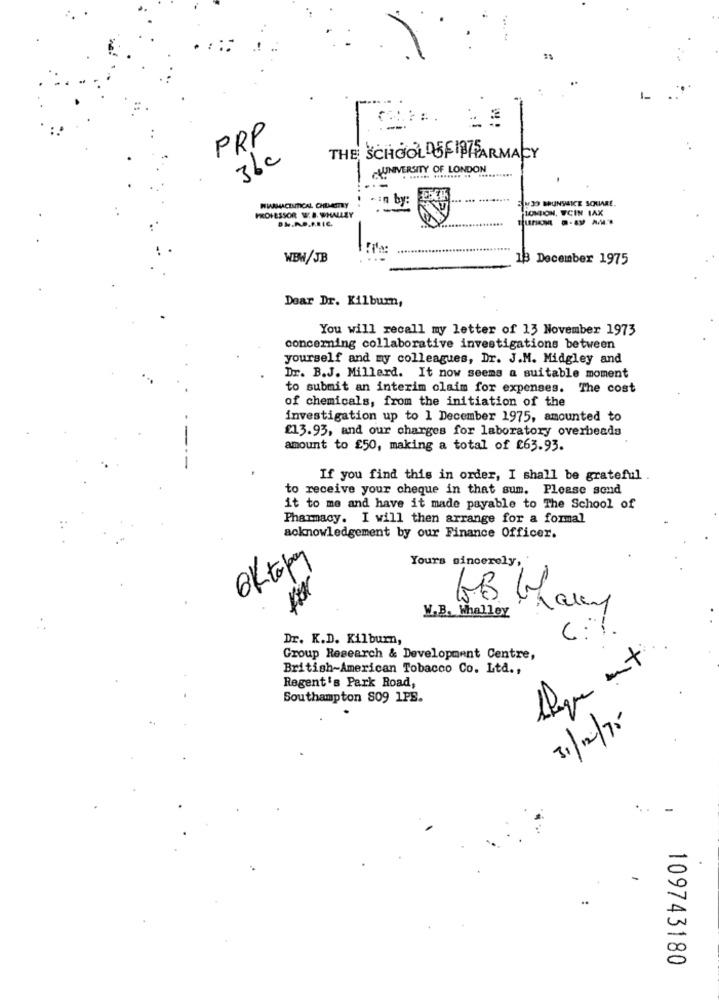
PRP
36c
THE SCHOOLOF PARMACY
UNIVERSITY OF LONDON
-in by:
EN33 BRUNSHICE SQUARE.
WIARMACIAITICAL CHEMASTRY
LONDON, WCIN IAX
PROFESSOR W. B. WHALLEY
DM.A.P.M.RIC.
----
WBW/JB
13 December 1975
Dear Dr. Kilburn,
You will recall my letter of 13 November 1973
concerning collaborative investigations between
yourself and my colleagues, Dr. J.M. Midgley and
Dr. B.J. Millerd. It now seems a suitable moment
to submit an interim claim for expenses. The cost
of chemicals, from the initiation of the
investigation up to 1 December 1975, amounted to
£13.93, and our charges for laboratory overbeada
amount to £50, making a total of £63.93.
If you find this in order, I shall be grateful .
to receive your cheque in that sum. Please sond
it to me and have it made payable to The School of
Pharmacy. I will then arrange for a formal
acknowledgement by our Finance Officer.
OKtopy
Yours sincerely,
W.B. Whalley
Dr. K.D. Kilburn,
Group Research & Development Centre,
British-American Tobacco Co. Ltd .,
Regent's Park Road,
Southampton S09 1PS.
31/12/76
..
109743180